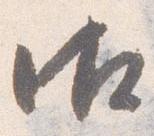
御